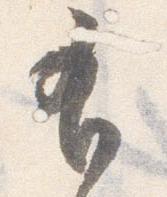
有